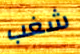
شغب